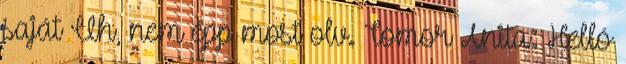
saját Uh, nem épp most olv. Tomor Anita: Helló